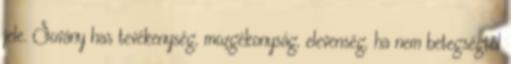
jele. Sovány has tevékenység, mozgékonyság, elevenség, ha nem betegségtől